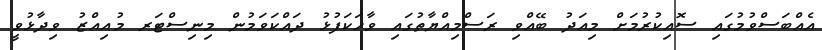
އެއްބަސްވުމުގައި ސޮއިކުރުމަށް މިއަދު ބޭއްވި ރަސްމިއްޔާތުގައި ވާހަކަފުޅު ދައްކަވަމުން މިނިސްޓަރ މުޢިއްޒު ވިދާޅުވީ